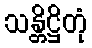
သန္တိဋ္ဌိတုံ